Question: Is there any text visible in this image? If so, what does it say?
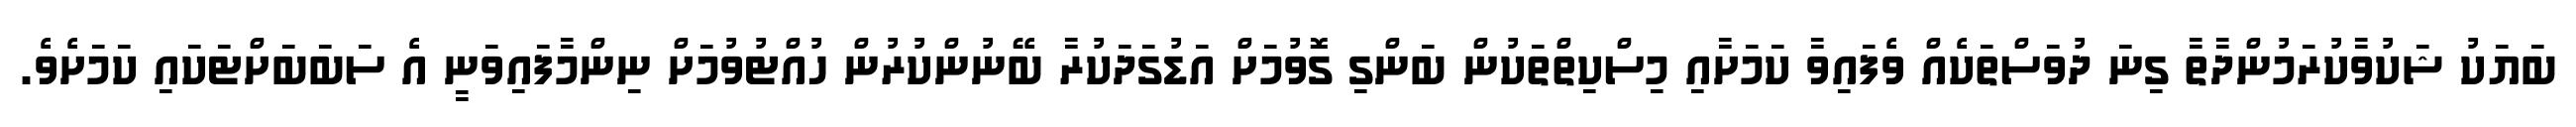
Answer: ބަޔަކު ޝަކުވާކުރަމުންދާތާ ގިނަ ދުވަސްތަކެއް ވެފައިވާ ކަމަށާއި މިސްކިތްތަކުން ބަންގި ގޮވުމަށް އަޑުގަދަކުރާ ބޭނުންކުރުން ހުއްޓުވުމަށް ނިންމާފައިވަނީ އެ ސަބަބަށްޓަކައި ކަމަށެވެ.